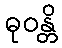
ဓုဝန္တိ